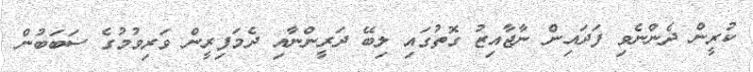
ކުރީން ދެންނެވި ފަދައިން ނާޖާއިޒު ގޮތުގައި ލިބޭ ދަރީންނާއި ދެމަފިރީން ވަރިވުމުގެ ސަބަބުން